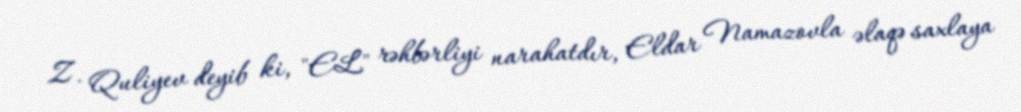
Z. Quliyev deyib ki, "EL" rəhbərliyi narahatdır, Eldar Namazovla əlaqə saxlaya